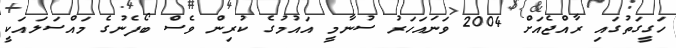
ހަގީގަތުގައި ރާއްޖެއަށް 2004 ވަނައަހަރު ސުނާމީ އައުމުގެ ކުރިން ވެސް ބޯފެނުގެ މައްސަލައަކީ